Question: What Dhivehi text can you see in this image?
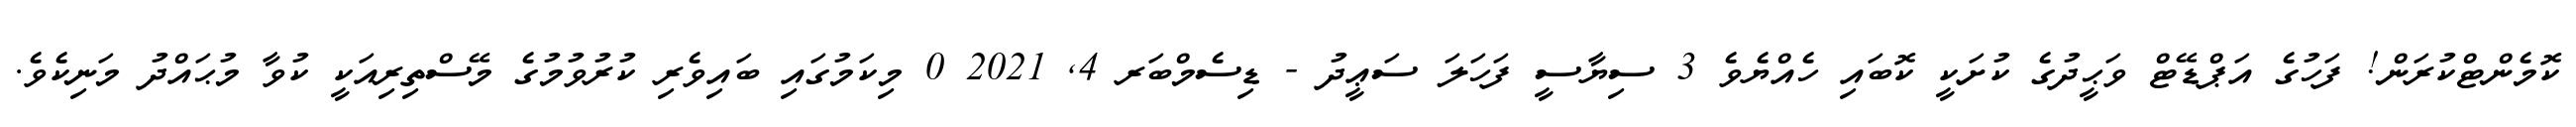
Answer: ކޮމެންޓްކުރަން! ފަހުގެ އަޕްޑޭޓް ވަޙީދުގެ ކުށަކީ ކޮބައި ހެއްޔެވެ 3 ސިޔާސީ ފަހަލަ ސަޢީދު - ޑިސެމްބަރ 4, 2021 0 މިކަމުގައި ބައިވެރި ކުރުވުމުގެ މޭސްތިރިއަކީ ކުވާ މުޙައްދު މަނިކެވެ.